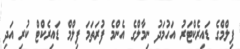
ފިލްމްގެ ޑައިރެކްޓަރު އަހުމަދު ނިމާލްގެ އެންމެ ފުރަތަމަ ފިލްމް ޑައިރެކްޓް ކުރި އަދި